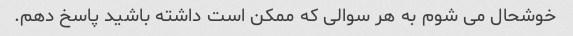
خوشحال می شوم به هر سوالی که ممکن است داشته باشید پاسخ دهم.